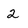
Character: 2